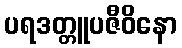
ပရဒတ္တူပဇီဝိနော